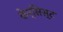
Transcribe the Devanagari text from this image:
केन्सिस्ट